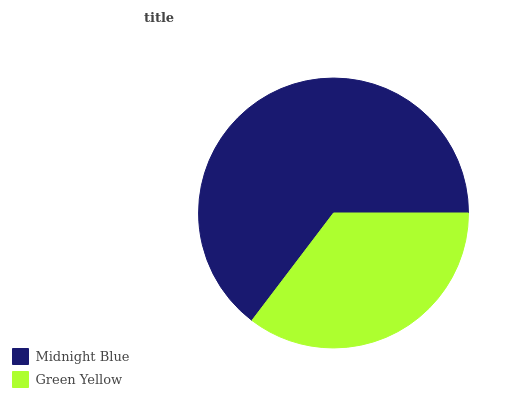
| Midnight Blue | Green Yellow |
 | --- | --- |
 | 64.6% | 35.4% |